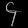
Digit: ၄